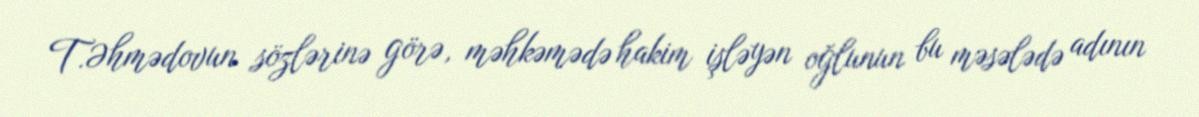
T.Əhmədovun sözlərinə görə, məhkəmədə hakim işləyən oğlunun bu məsələdə adının